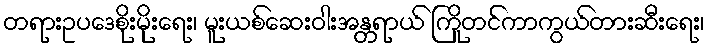
တရားဥပဒေစိုးမိုးရေး၊ မူးယစ်ဆေးဝါးအန္တရာယ် ကြိုတင်ကာကွယ်တားဆီးရေး၊